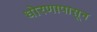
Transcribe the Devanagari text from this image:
धोरणापासून